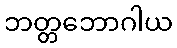
ဘတ္တဘောဂါယ